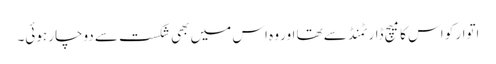
اتوار کو اس کا میچ ڈارٹمنڈ سے تھا اور وہ اس میں بھی شکست سے دوچار ہوئی۔